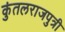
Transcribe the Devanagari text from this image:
कुंतलराजपुत्री